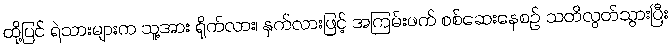
ထို့ပြင် ရဲသားများက သူ့အား ရိုက်လား၊ နှက်လားဖြင့် အကြမ်းဖက် စစ်ဆေးနေစဉ် သတိလွတ်သွားပြီး